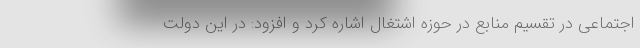
اجتماعی در تقسیم منابع در حوزه اشتغال اشاره کرد و افزود: در این دولت